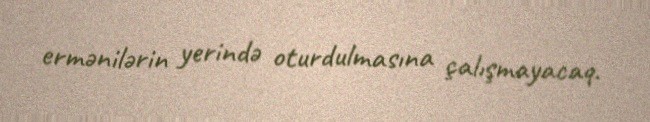
ermənilərin yerində oturdulmasına çalışmayacaq.